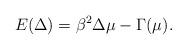
LaTeX: \begin{align*}E(\Delta )=\beta ^{2} \Delta \mu - \Gamma (\mu ).\end{align*}